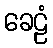
ခေဠံ